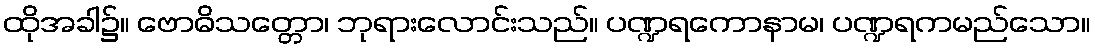
ထိုအခါ၌။ ဗောဓိသတ္တော၊ ဘုရားလောင်းသည်။ ပဏ္ဍရကောနာမ၊ ပဏ္ဍရကမည်သော။